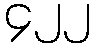
၄၂၂